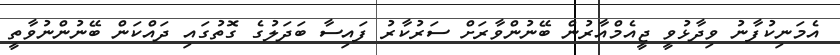
އެމަނިކުފާނު ވިދާޅުވީ ޖީއެމްއާރުން ބޭނުންވާރަށް ސަރުކާރު ފައިސާ ބަދަލުގެ ގޮތުގައި ދައްކަން ބޭނުންނުވާތީ